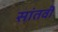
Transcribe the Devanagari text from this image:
सांतवीं